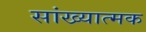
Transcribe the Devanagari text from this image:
सांख्यात्मक